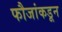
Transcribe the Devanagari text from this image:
फौजांकडून